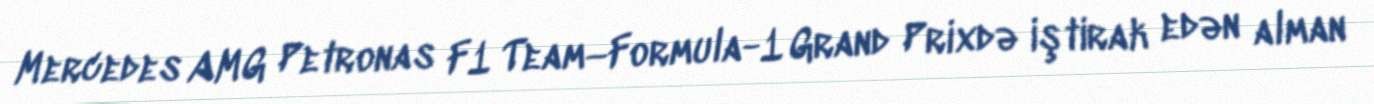
Mercedes AMG Petronas F1 Team—Formula-1 Grand Prixdə iştirak edən alman